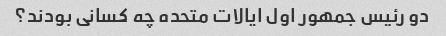
دو رئیس جمهور اول ایالات متحده چه کسانی بودند؟